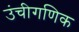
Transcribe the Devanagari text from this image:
उंचीगणिक